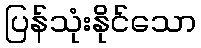
ပြန်သုံးနိုင်သော